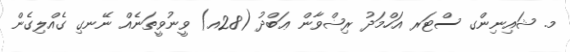
މ. ޝައިނިންގ ސްޓަރ އަހްމަދު ރިޟްވާން ޢަބްދު (28އ) ވީނުވީތަނެއް ނޭނގި ގެއްލިގެން